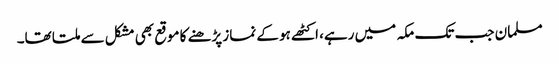
مسلمان جب تک مکہ میں رہے، اکٹھے ہو کے نماز پڑھنے کا موقع بھی مشکل سے ملتا تھا۔